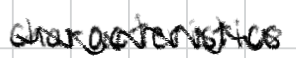
Text: characteristics
Cross-out: zig-zag
Writing tool: digital_black